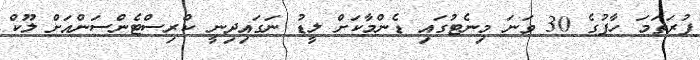
ފުރަތަމަ ހާފުގެ 30 ވަނަ މިނެޓުގައި ޑެންމާކަށް ލީޑު ނަގައިދިނީ ކްރިސްޓެންސަންއަށް ލޫކް